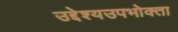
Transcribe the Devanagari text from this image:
उद्देश्यउपभोक्ता